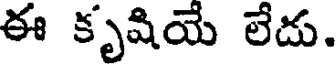
ఈ కృషియే లేదు.